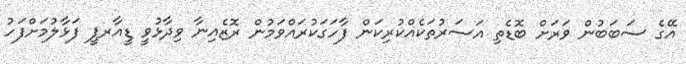
އޭގެ ސަބަބުން ވަރަށް ބޮޑެތި އަސަރުތަކެއްކުރިކަން ފާހަގަކުރައްވަމުން ރޮޒެއިނާ ވިދާޅުވީ ޑީއާރޕީ ފަޅާލުމަށްފަހު